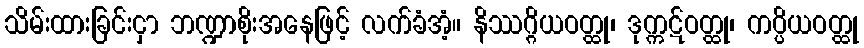
သိမ်းထားခြင်းငှာ ဘဏ္ဍာစိုးအနေဖြင့် လက်ခံအံ့။ နိဿဂ္ဂိယဝတ္ထု၊ ဒုက္ကဋ်ဝတ္ထု၊ ကပ္ပိယဝတ္ထု